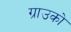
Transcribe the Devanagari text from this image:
ग्राउको